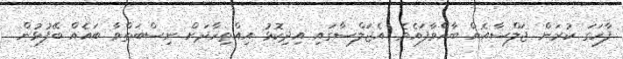
ފާހަގަ ކުރަން ޖަލްސާއެއް ބާއްވާފައެވެ. އެޖަލްސާގައި އިދިކޮޅު އިއްތިހާދަށް ނިސްބަތްވާ ބައެއް ބޭފުޅުން